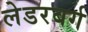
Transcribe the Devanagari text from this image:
लेडरबर्ग